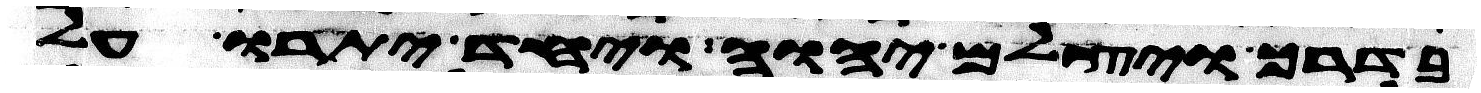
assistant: בדרך ויצלם יהוה ויחד יתרו על